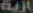
الية